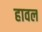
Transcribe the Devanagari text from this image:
हावल